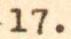
17.